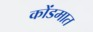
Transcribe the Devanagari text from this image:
कोंडमात